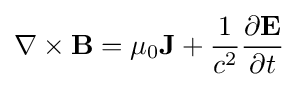
\nabla \times \mathbf {B} =\mu _{0}\mathbf {J} +{\frac {1}{c^{2}}}{\frac {\partial \mathbf {E} }{\partial t}}\